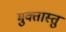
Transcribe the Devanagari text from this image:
मुक्तास्तु